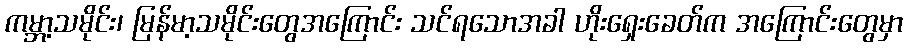
ကမ္ဘာ့သမိုင်း၊ မြန်မာ့သမိုင်းတွေအကြောင်း သင်ရသောအခါ ဟိုးရှေးခေတ်က အကြောင်းတွေမှာ